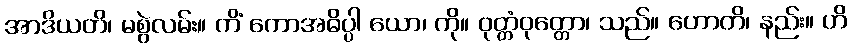
အာဒိယတိ၊ မစွဲလမ်း။ ကိံ ကောအဓိပ္ပါ ယော၊ ကို။ ဝုတ္တံဝုတ္တော၊ သည်။ ဟောတိ၊ နည်း။ ဟိ